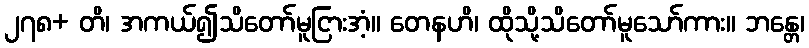
၂၇၈+ တိ၊ အကယ်၍သိတော်မူငြားအံ့။ တေနဟိ၊ ထိုသို့သိတော်မူသော်ကား။ ဘန္တေ၊